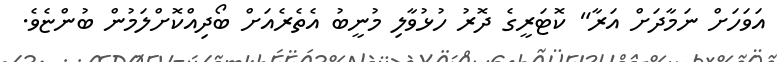
އަވަހަށް ނަމާދަށް އަރާ" ކޮޓަރީގެ ދޮރު ހުޅުވާލި މުނީބު އެތެރެއަށް ބޯދިއްކޮށްލަމުން ބުންޏެވެ.